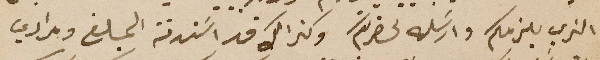
الذي يلزمكم وارسَله لحضرتكم وكذالك قد اسَتدنة المبلغ ومرادي